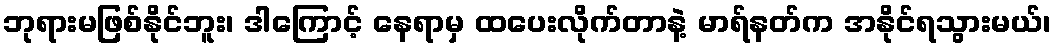
ဘုရားမဖြစ်နိုင်ဘူး၊ ဒါကြောင့် နေရာမှ ထပေးလိုက်တာနဲ့ မာရ်နတ်က အနိုင်ရသွားမယ်၊